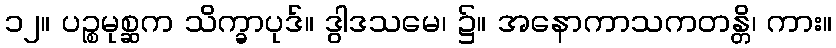
၁၂။ ပဉ္စမုစ္ဆက သိက္ခာပုဒ်။ ဒွါဒသမေ၊ ၌။ အနောကာသကတန္တိ၊ ကား။